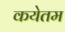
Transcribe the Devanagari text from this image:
कयेतम